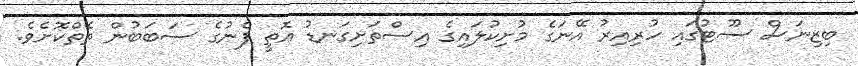
ބިޒިނަސް ސޫޓުގައި ހުރިއިރު އޭނަގެ މުށިކުލައިގެ އިސްތަށިގަނޑު އޮތީ ފެނުގެ ސަބަބުން ތެތްކޮށެވެ.